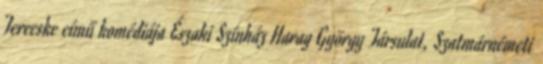
Terecske című komédiája Északi Színház Harag György Társulat, Szatmárnémeti